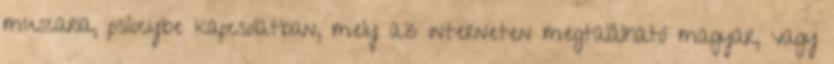
muscaria, psilocybe kapcsolatban, mely az interneten megtalálható magyar, vagy